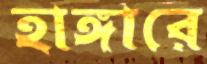
হাঙ্গারে